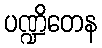
ပဏ္ဍိတေန